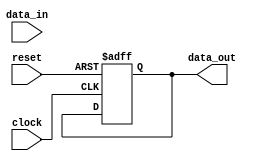
module combinational_logic(
    input wire clock,
    input wire reset,
    input wire [7:0] data_in,
    output reg [7:0] data_out
);

reg [7:0] state;

always @(posedge clock or negedge reset) begin
    if (!reset) begin
        state <= 8'b00000000;
    end else begin
        case(state)
            // Add your combinational logic here
            // The output should change based on inputs and current state
        endcase
    end
end

assign data_out = state;

endmodule